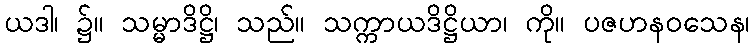
ယဒါ၊ ၌။ သမ္မာဒိဋ္ဌိ၊ သည်။ သက္ကာယဒိဋ္ဌိယာ၊ ကို။ ပဇဟနဝသေန၊